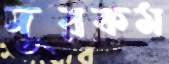
দুরকম